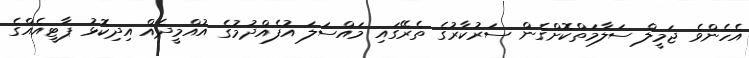
އެހެންވެ ޖަމީލް ސަލާމަތްކޮށްގެން ސަރުކާރުގެ ތެރޭގައި މައްސަލަ އުފެއްދުމުގެ އުއްމީދެއް އިދިކޮޅު ޕާޓީއެއްގެ